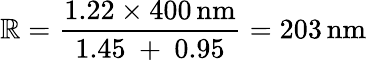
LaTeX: \mathbb{R}={\frac{{1.22\times400\, {\mathrm{{nm}}}}}{{1.45\ +\ 0.95}}}=203\, {\mathrm{{nm}}}